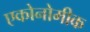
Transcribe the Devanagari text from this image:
एकोनोमीक